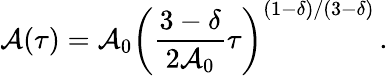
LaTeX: \mathcal{A}(\tau)=\mathcal{A}_{0}\left(\frac{{3-\delta}}{{2\mathcal{A}_{0}}}\tau\right)^{(1-\delta)/(3-\delta)}\, .